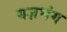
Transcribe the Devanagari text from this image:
यज्ञभंग